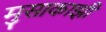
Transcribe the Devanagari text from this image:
मुसाकाझी